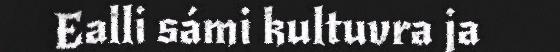
Ealli sámi kultuvra ja